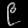
Digit: ၉